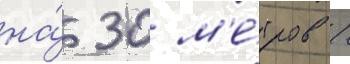
на́ 30 м'е́тров /